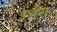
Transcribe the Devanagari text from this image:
इचेस